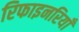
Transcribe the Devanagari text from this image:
रिफाइनरियाँ